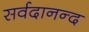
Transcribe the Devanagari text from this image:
सर्वदानन्द